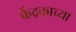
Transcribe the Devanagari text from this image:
केंद्रकाच्या